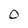
Character: O